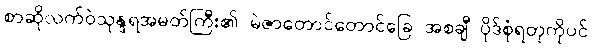
စာဆိုလက်ဝဲသုန္ဒရအမတ်ကြီး၏ မဲဇာတောင်တောင်ခြေ အစချီ ပိုဒ်စုံရတုကိုပင်